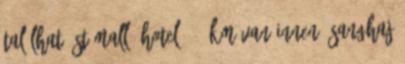
található St Mall. Hotel 3.6 km van innen: Sanghaj